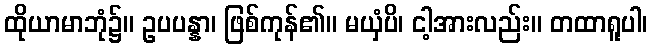
ထိုယာမာဘုံ၌။ ဥပပန္နာ၊ ဖြစ်ကုန်၏။ မယှံပိ၊ ငါ့အားလည်း။ တထာရူပါ၊